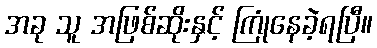
အခု သူ အဖြစ်ဆိုးနှင့် ကြုံနေခဲ့ရပြီ။